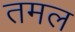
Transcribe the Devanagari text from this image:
तमल